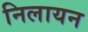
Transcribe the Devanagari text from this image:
निलायन